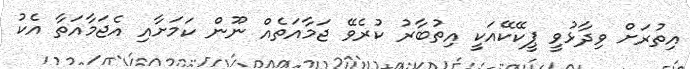
އިތުރަށް ވިދާޅުވީ ޕީކޭކޭއަކީ އިތުބާރު ކުރެވޭ ޖަމާއަތެއް ނޫން ކަމަށާއި އެޖަމާއަތާ އެކު